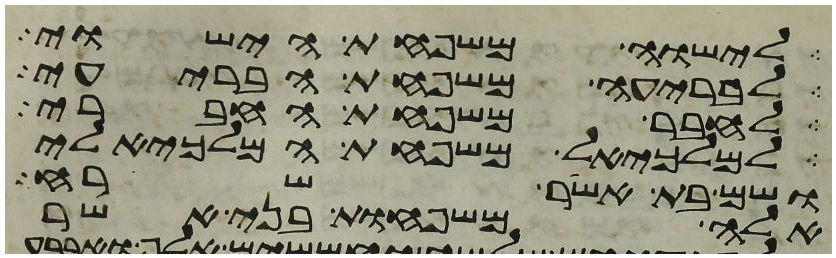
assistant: לישוה משפחת הישוי
לבריעה משפחת הבריעי
לחבר משפחת החברי
למלכיאל משפחת המלכיאלי
ושם בת אשר שרח
אלה משפחות בני אשר